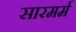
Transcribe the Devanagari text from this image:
सारमर्म